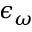
\epsilon _ { \omega }